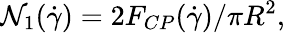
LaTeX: \mathcal{N}_{1}(\dot{{\gamma}})=2F_{CP}(\dot{{\gamma}})/{\pi}R^{2},